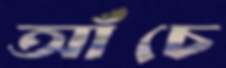
আঁচে